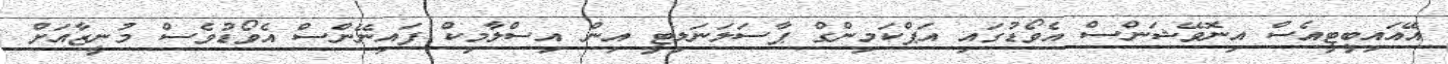
އޭއައިބީޓީއެސް އިނޮވޭޝަންސް އެވޯޑުގައި އަޕްކަމިންގް ޕާސަލަނަލިޓީ އިން އިސްލާމިކް ފައިނޭންސް އެވޯޑުވެސް މުނީޒާއަށް